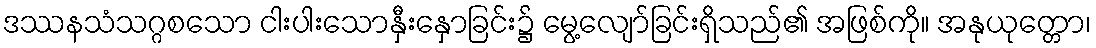
ဒဿနသံသဂ္ဂစသော ငါးပါးသောနှီးနှောခြင်း၌ မွေ့လျော်ခြင်းရှိသည်၏ အဖြစ်ကို။ အနုယုတ္တော၊